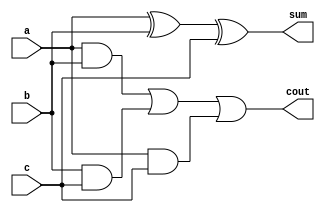
module full_adder_1bit(a, b, c, sum, cout);
	input a, b, c;
	output sum, cout;
	
	assign sum = a ^ b ^ c;

	assign cout = (a & b) | (b & c) | (a & c);
endmodule